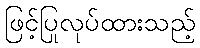
ဖြင့်ပြုလုပ်ထားသည့်